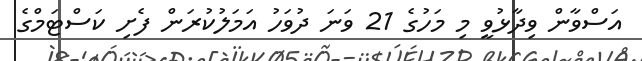
އަސްވާން ވިދާޅުވީ މި މަހުގެ 21 ވަނަ ދުވަހު އަމަލުކުރަން ފެށި ކަސްޓަމްގެ